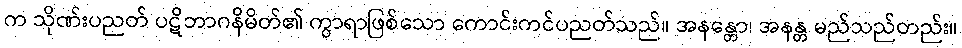
က သိုဏ်းပညတ် ပဋိဘာဂနိမိတ်၏ ကွာရာဖြစ်သော ကောင်းကင်ပညတ်သည်။ အနန္တော၊ အနန္တ မည်သည်တည်း။